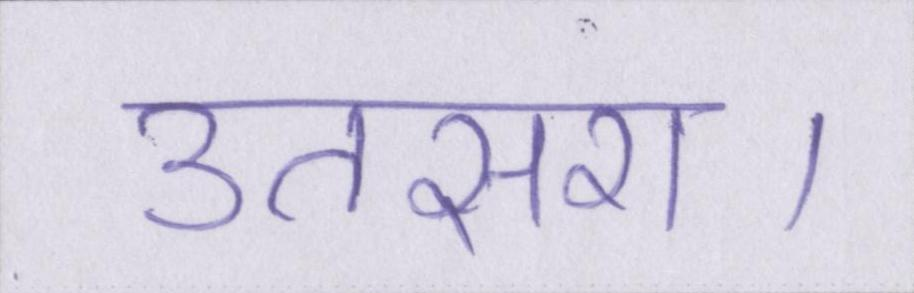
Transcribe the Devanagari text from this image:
उतसरा।